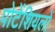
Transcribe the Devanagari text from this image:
पोटेंशियलों